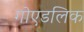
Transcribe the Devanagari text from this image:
गोएडलिक